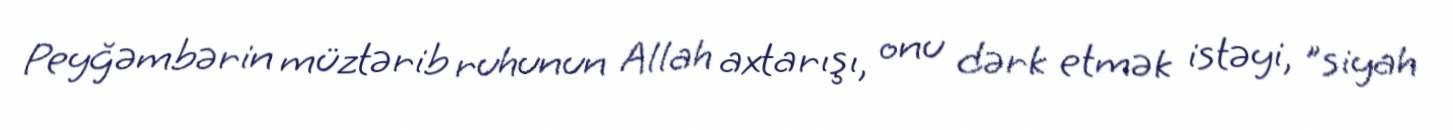
Peyğəmbərin müztərib ruhunun Allah axtarışı, onu dərk etmək istəyi, "siyah